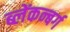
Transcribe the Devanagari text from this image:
ब्लेंकन्बर्ग